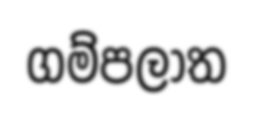
ගම්පලාත